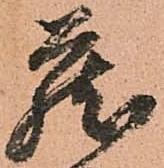
蔵